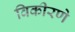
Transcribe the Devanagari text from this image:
विकीरणे